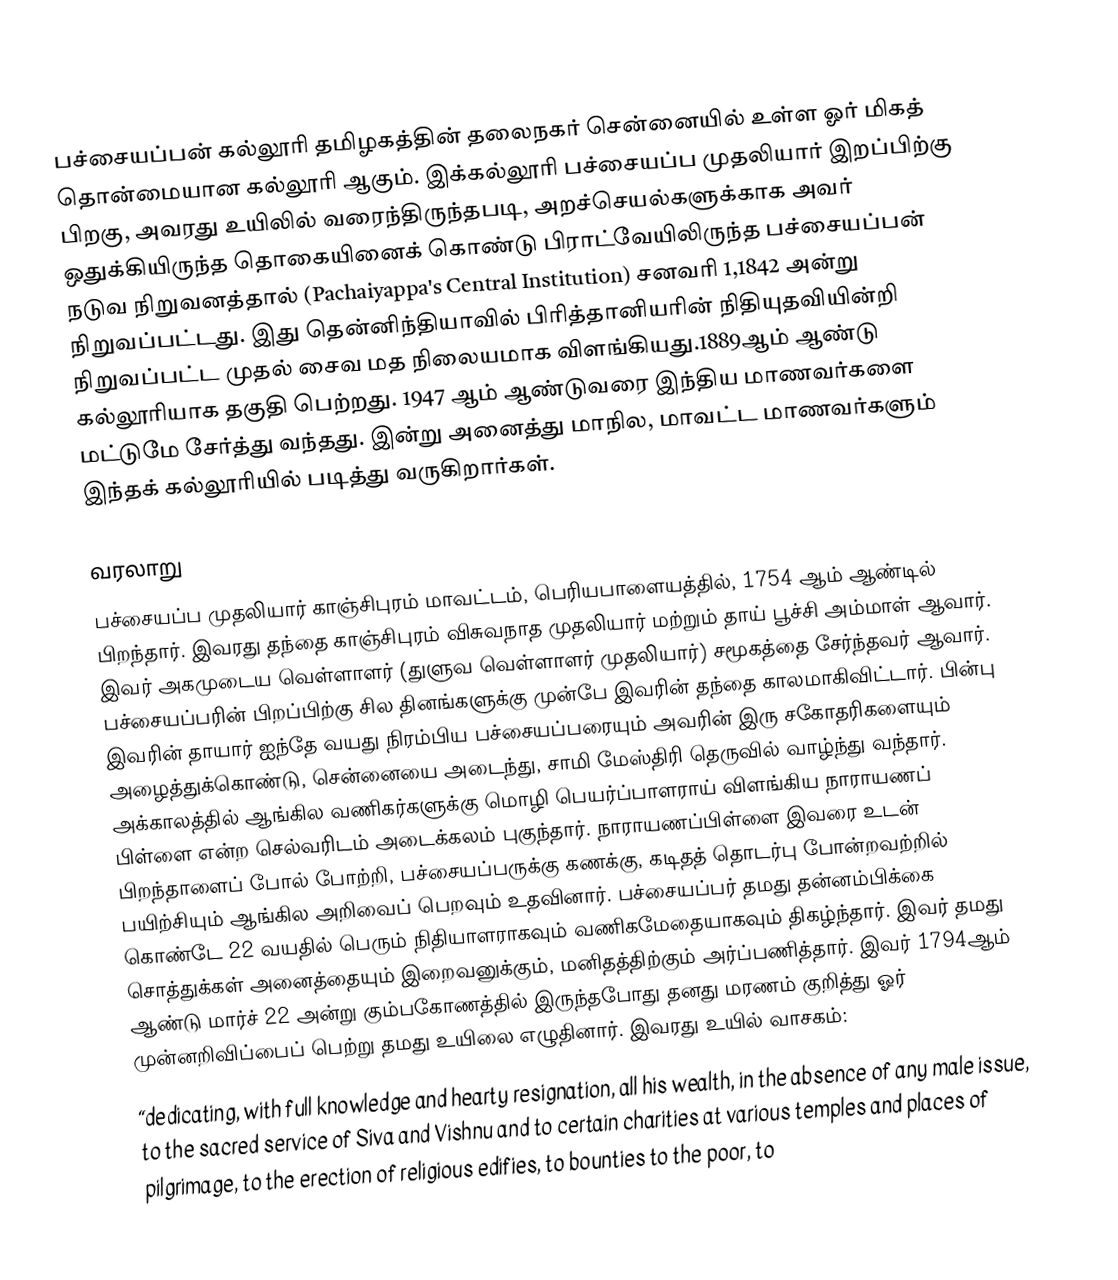
பச்சையப்பன் கல்லூரி தமிழகத்தின் தலைநகர் சென்னையில் உள்ள ஓர் மிகத் தொன்மையான கல்லூரி ஆகும். இக்கல்லூரி பச்சையப்ப முதலியார் இறப்பிற்கு பிறகு, அவரது உயிலில் வரைந்திருந்தபடி, அறச்செயல்களுக்காக அவர் ஒதுக்கியிருந்த தொகையினைக் கொண்டு பிராட்வேயிலிருந்த பச்சையப்பன் நடுவ நிறுவனத்தால் (Pachaiyappa's Central Institution) சனவரி 1,1842 அன்று நிறுவப்பட்டது. இது தென்னிந்தியாவில் பிரித்தானியரின்  நிதியுதவியின்றி நிறுவப்பட்ட முதல் சைவ மத நிலையமாக விளங்கியது.1889ஆம் ஆண்டு கல்லூரியாக தகுதி பெற்றது. 1947 ஆம் ஆண்டுவரை இந்திய மாணவர்களை மட்டுமே சேர்த்து வந்தது. இன்று அனைத்து மாநில, மாவட்ட மாணவர்களும் இந்தக் கல்லூரியில் படித்து வருகிறார்கள்.

வரலாறு
பச்சையப்ப முதலியார் காஞ்சிபுரம் மாவட்டம், பெரியபாளையத்தில், 1754 ஆம் ஆண்டில் பிறந்தார். இவரது தந்தை காஞ்சிபுரம் விசுவநாத முதலியார் மற்றும் தாய் பூச்சி அம்மாள் ஆவார். இவர் அகமுடைய வெள்ளாளர் (துளுவ வெள்ளாளர் முதலியார்) சமூகத்தை சேர்ந்தவர் ஆவார். பச்சையப்பரின் பிறப்பிற்கு சில தினங்களுக்கு முன்பே இவரின் தந்தை காலமாகிவிட்டார். பின்பு இவரின் தாயார் ஐந்தே வயது நிரம்பிய பச்சையப்பரையும் அவரின் இரு சகோதரிகளையும்  அழைத்துக்கொண்டு, சென்னையை அடைந்து,  சாமி மேஸ்திரி தெருவில் வாழ்ந்து வந்தார். அக்காலத்தில் ஆங்கில வணிகர்களுக்கு மொழி பெயர்ப்பாளராய் விளங்கிய  நாராயணப் பிள்ளை என்ற செல்வரிடம் அடைக்கலம் புகுந்தார். நாராயணப்பிள்ளை இவரை உடன் பிறந்தாளைப் போல் போற்றி, பச்சையப்பருக்கு கணக்கு, கடிதத் தொடர்பு போன்றவற்றில் பயிற்சியும் ஆங்கில அறிவைப் பெறவும் உதவினார். பச்சையப்பர் தமது தன்னம்பிக்கை கொண்டே 22 வயதில் பெரும் நிதியாளராகவும் வணிகமேதையாகவும் திகழ்ந்தார். இவர் தமது சொத்துக்கள் அனைத்தையும் இறைவனுக்கும், மனிதத்திற்கும் அர்ப்பணித்தார். இவர் 1794ஆம் ஆண்டு மார்ச் 22 அன்று கும்பகோணத்தில் இருந்தபோது தனது மரணம் குறித்து ஓர் முன்னறிவிப்பைப் பெற்று தமது உயிலை எழுதினார். இவரது உயில் வாசகம்:
 “dedicating, with full  knowledge and hearty resignation, all his wealth, in the absence of any  male issue, to the sacred service of Siva and Vishnu and to certain  charities at various temples and places of pilgrimage, to the erection  of religious edifies, to bounties to the poor, to